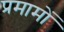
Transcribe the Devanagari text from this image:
प्रमामों